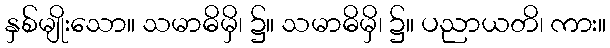
နှစ်မျိုးသော။ သမာဓိမှိ၊ ၌။ သမာဓိမှိ၊ ၌။ ပညာယတိ၊ ကား။